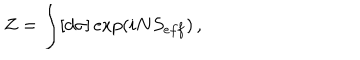
LaTeX: Z = \int [ d \sigma ] \exp ( i N S _ { e f f } ) \, ,